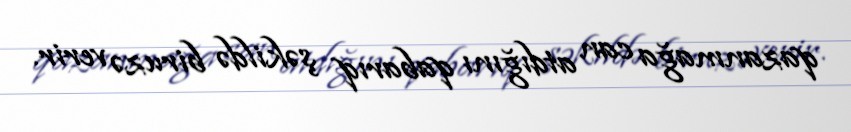
qazanmağa can atdığını qabarıq şəkildə biruzə verir.